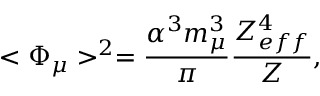
< \Phi _ { \mu } > ^ { 2 } = \frac { \alpha ^ { 3 } m _ { \mu } ^ { 3 } } { \pi } \frac { Z _ { e f f } ^ { 4 } } { Z } ,